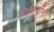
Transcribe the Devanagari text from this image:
ग्रंथसूचींना